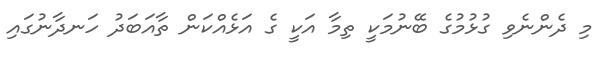
މި ދެންނެވި ގުޅުމުގެ ބޭނުމަކީ ތިމާ އަކީ ގެ އަޅެއްކަން ތާއަބަދު ހަނދާނުގައި